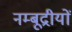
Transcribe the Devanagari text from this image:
नम्बूद्रीयों